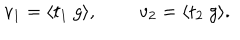
v _ { 1 } = \langle t _ { 1 } ~ g \rangle , v _ { 2 } = \langle t _ { 2 } ~ g \rangle .